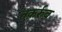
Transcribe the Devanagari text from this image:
तक़र्रुब